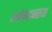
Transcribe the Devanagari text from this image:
भवेन्द्रनाथ